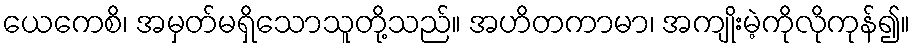
ယေကေစိ၊ အမှတ်မရှိသောသူတို့သည်။ အဟိတကာမာ၊ အကျိုးမဲ့ကိုလိုကုန်၍။